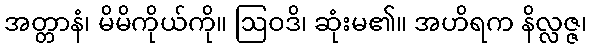
အတ္တာနံ၊ မိမိကိုယ်ကို။ ဩဝဒိ၊ ဆုံးမ၏။ အဟိရက နိလ္လဇ္ဇ၊